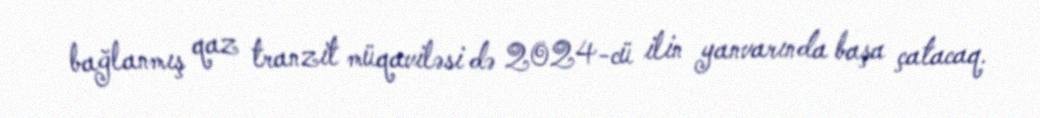
bağlanmış qaz tranzit müqaviləsi də 2024-cü ilin yanvarında başa çatacaq.